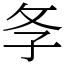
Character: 𢻯